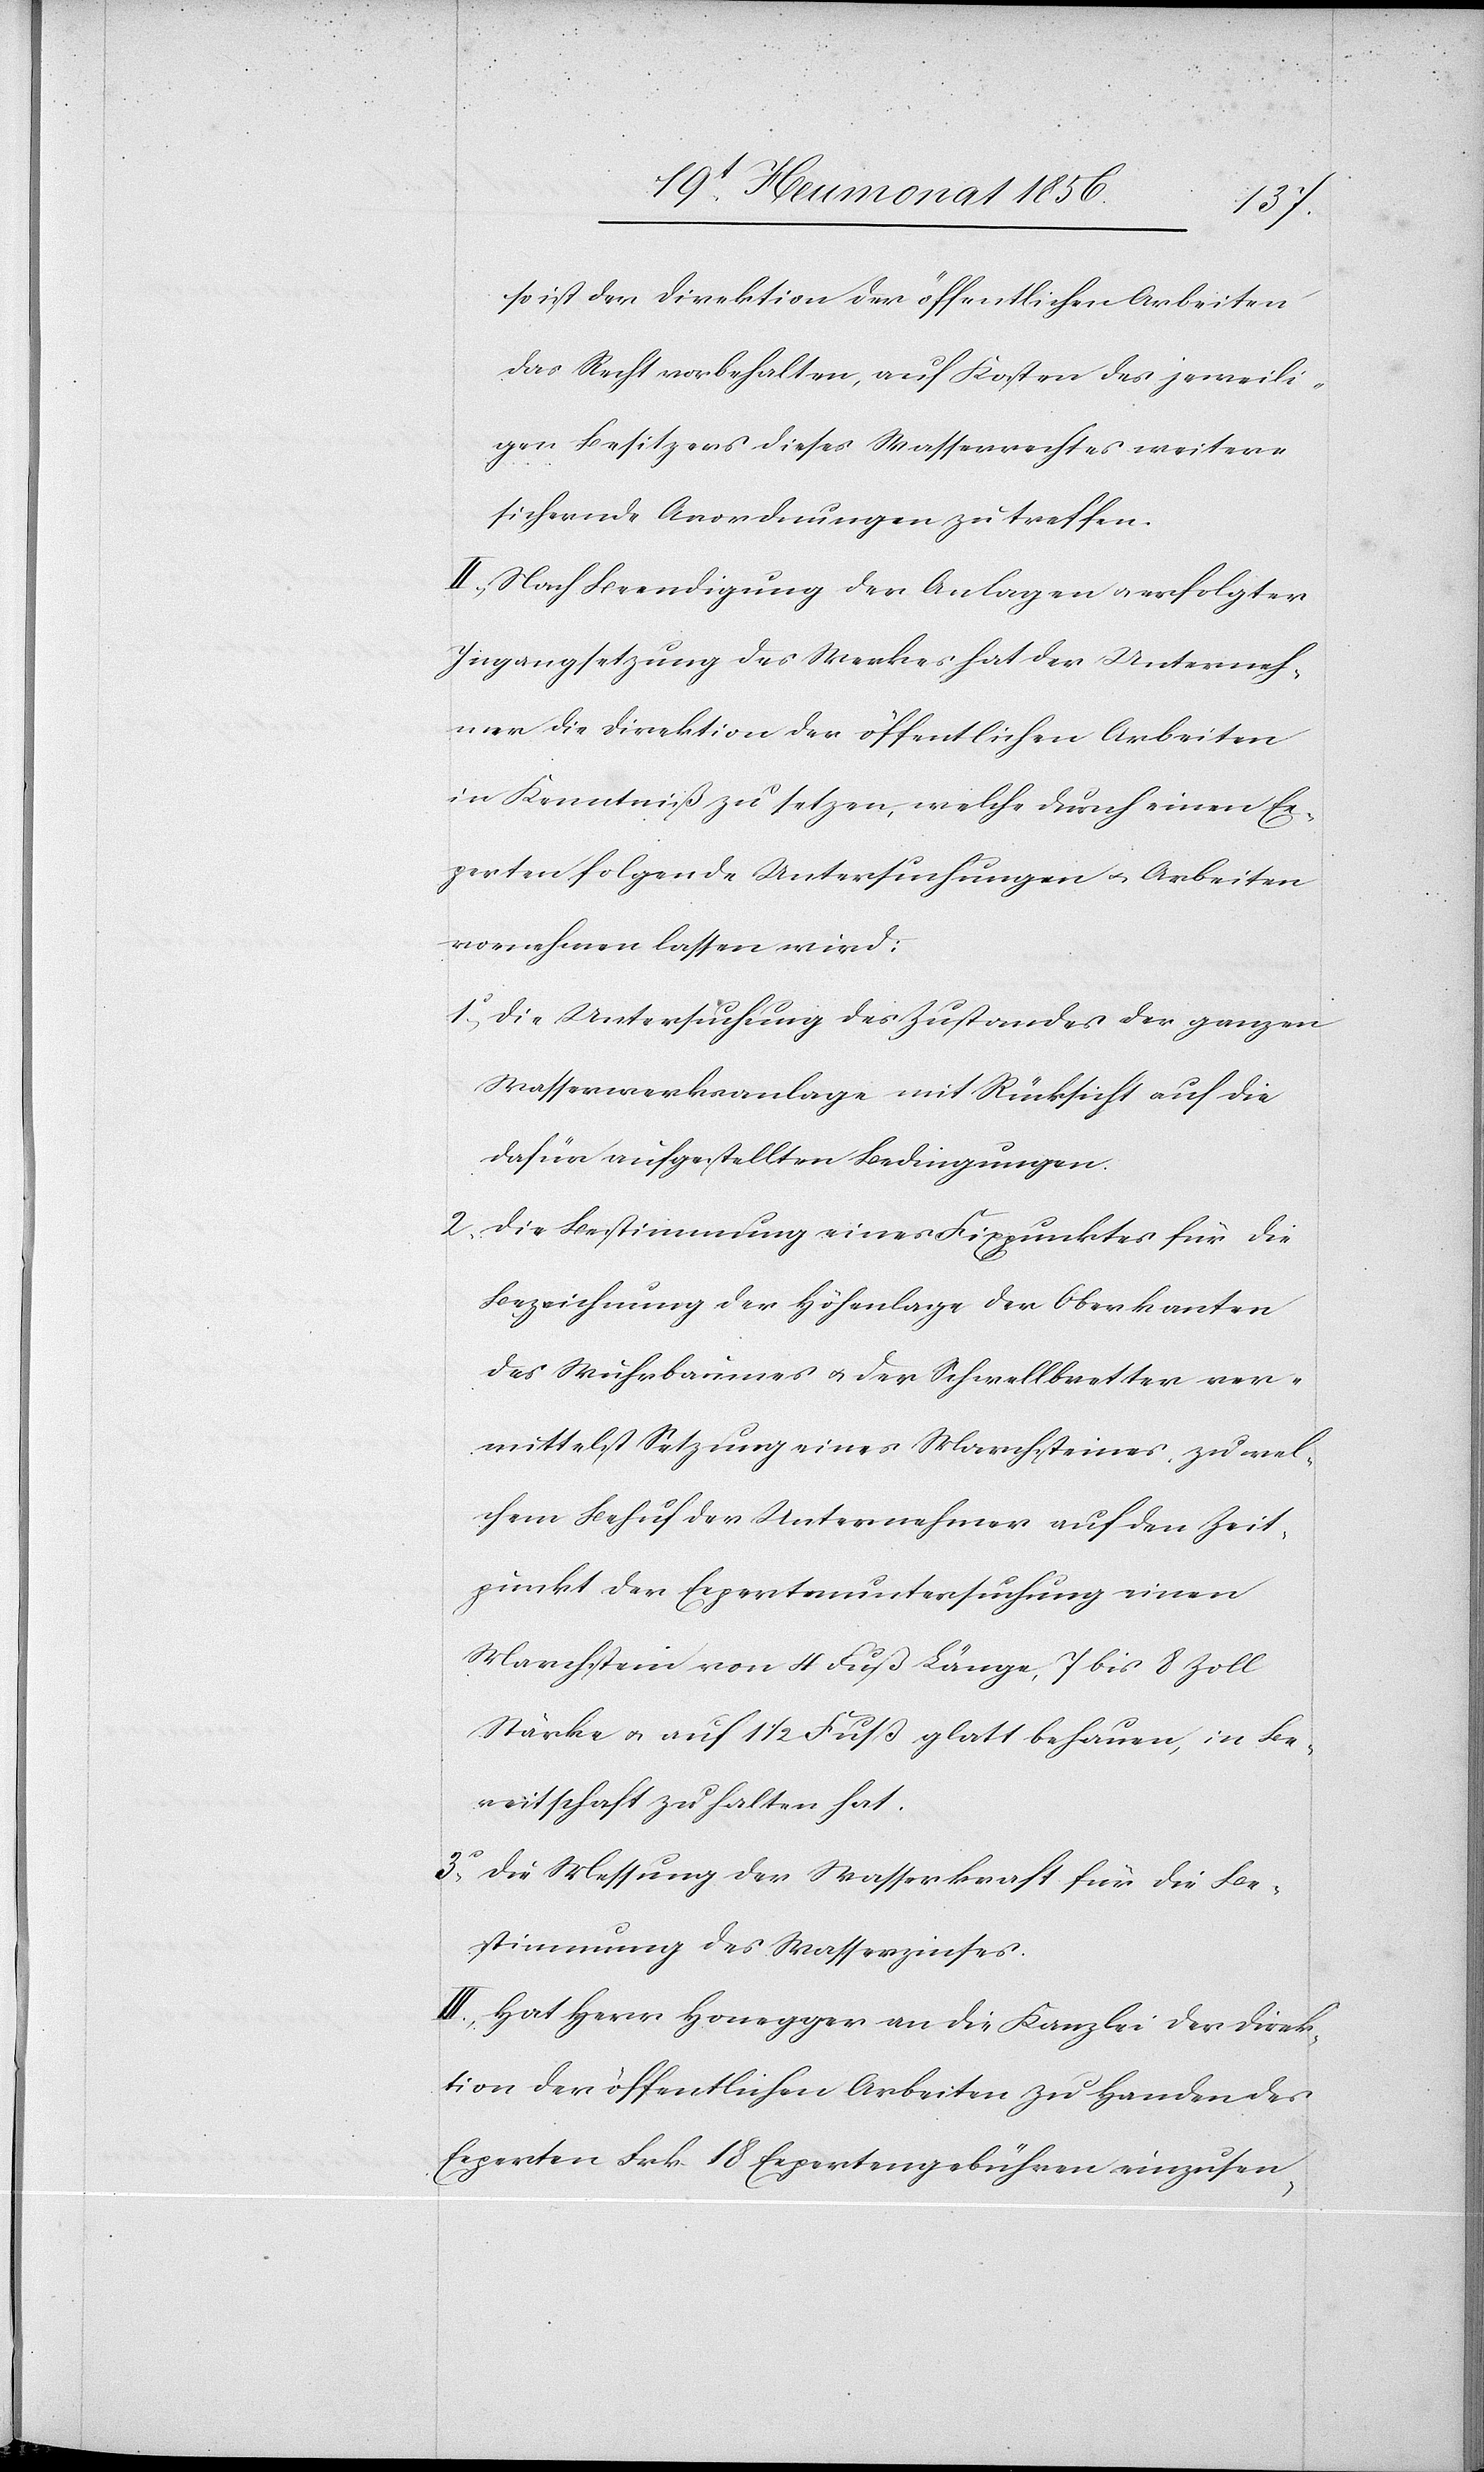
so ist der Direktion der öffentlichen Arbeiten
das Recht vorbehalten, auf Kosten des jeweili¬
gen Besitzers dieses Wasserrechtes weitere
sichernde Anordnungen zu treffen.
II.) Nach Beendigung der Anlangen u. erfolgter
Ingangsetzung des Werkes hat der Unterneh¬
mer die Direktion der öffentlichen Arbeiten
in Kenntniß zu setzen, welche durch einen Ex¬
perten folgende Untersuchungen u. Arbeiten
vornehmen lassen wird:
1o Die Untersuchung des Zustandes der ganzen
Wasserwerksanlage mit Rücksicht auf die
dafür aufgestellten Bedingungen.
2o Die Bestimmung eines Fixpunktes für die
Bezeichnung der Höhenlage der Oberkanten
des Wuhrbaumes u. der Schwellbretter ver¬
mittelst Setzung eines Marchsteines, zu wel¬
chem Behuf der Unternehmer auf den Zeit¬
punkt der Expertenuntersuchung einen
Marchstein von 4 Fuß Länge, 7 bis 8 Zoll
Stärke u. auf 1 1/2 Fuß glatt behauen, in Be¬
reitschaft zu halten hat.
3o Die Messung der Wasserkraft für die Be¬
stimmung des Wasserzinses.
III.) Hat Herr Honegger an die Kanzlei der Direk¬
tion der öffentlichen Arbeiten zu Handen des
Experten Frk. 18 Expertengebühren einzusen-